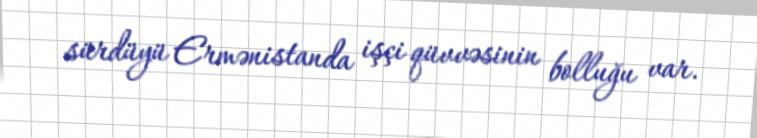
sürdüyü Ermənistanda işçi qüvvəsinin bolluğu var.